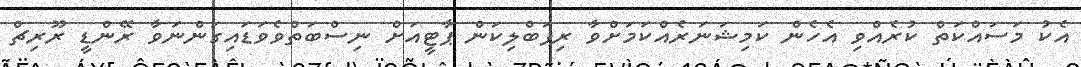
އެކު މަސައްކަތް ކުރެއްވި އެހެން ކަމިޝަނަރެއްކަމަށްވާ ރިޕަބްލިކަން ޕާޓީއަށް ނިސްބަތްވެވަޑައިގަންނަވާ ރޭންޑީ ރޫރިޗް